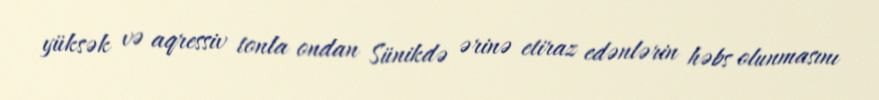
yüksək və aqressiv tonla ondan Sünikdə ərinə etiraz edənlərin həbs olunmasını